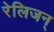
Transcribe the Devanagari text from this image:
रेलिजन्